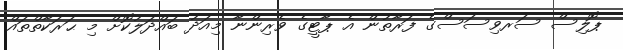
ޕޮލިސް ސަރވިސަސްގެ ފަރާތުން އެ ޕާޓީގެ ވެރިންނާ މިއަދު ބައްދަލުކޮށް މި ޙަރަކާތްތައް